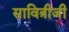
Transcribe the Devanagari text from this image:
सावित्रीजी